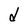
Character: d